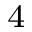
_ 4